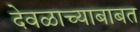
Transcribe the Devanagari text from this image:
देवळाच्याबाबत